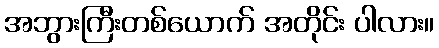
အဘွားကြီးတစ်ယောက် အတိုင်း ပါလား။